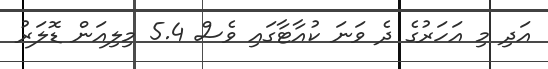
އަދި މި އަހަރުގެ ދެ ވަނަ ކުއާޓާގައި ވެސް 5.4 މިލިއަން ޑޮލަރު